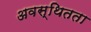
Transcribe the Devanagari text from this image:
अवस्थितता